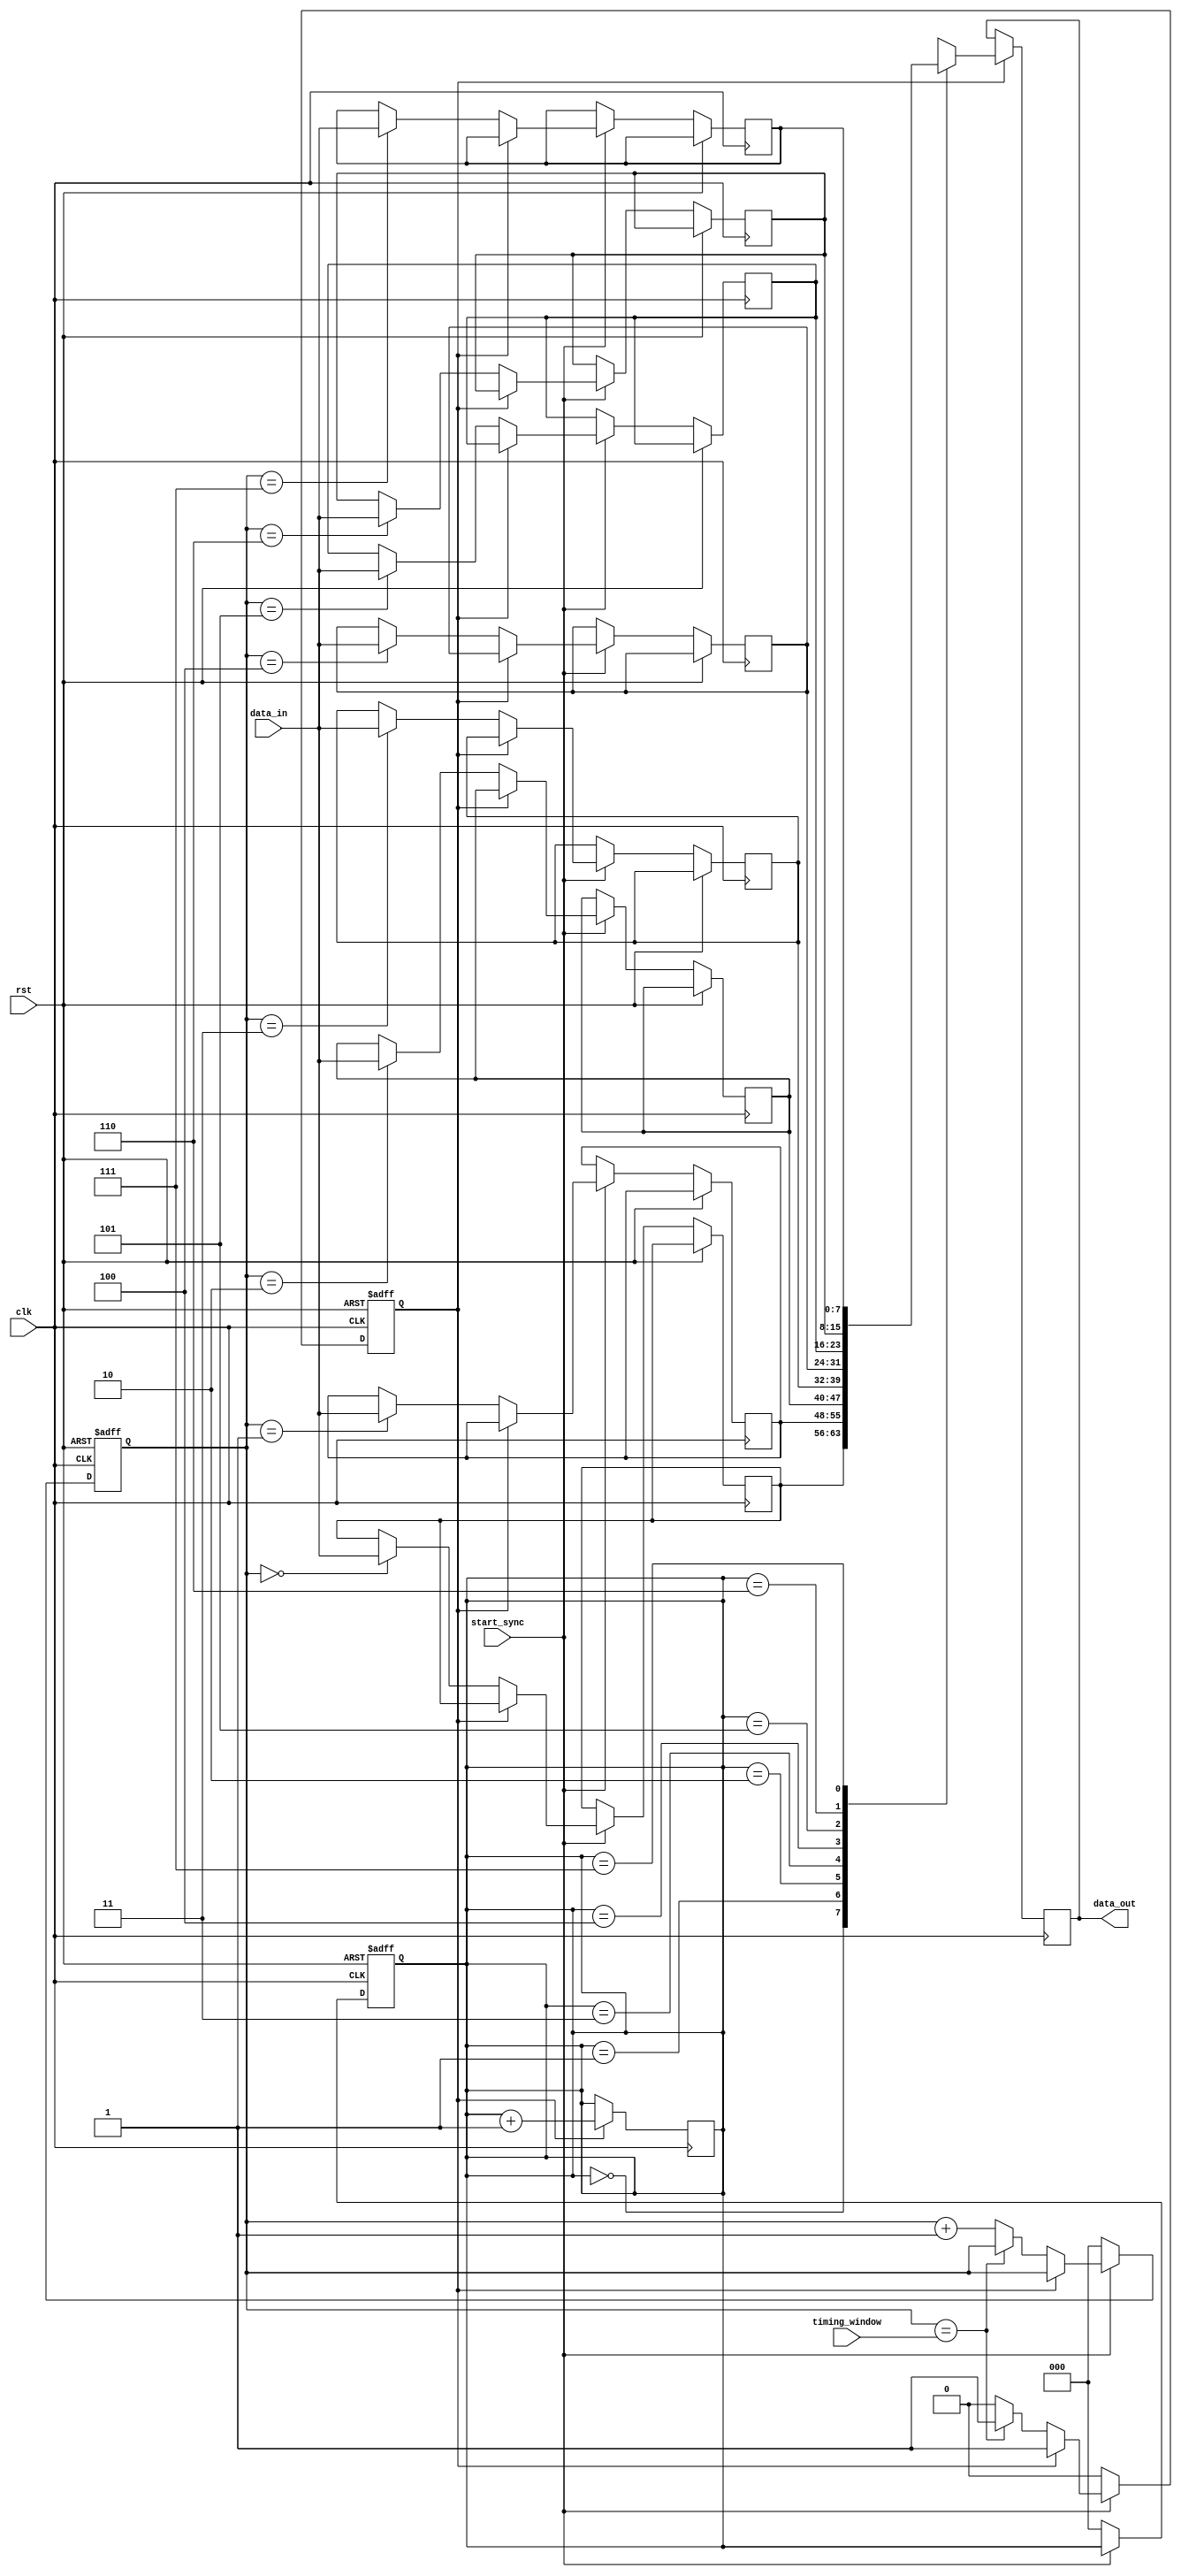
module BurstSynchronizer (
  input wire clk,
  input wire rst,
  input wire [7:0] data_in,
  input wire start_sync,
  input wire [2:0] timing_window,
  output reg [7:0] data_out
);

reg [7:0] fifo [0:7];
reg [2:0] read_ptr;
reg [2:0] write_ptr;
reg sync_done;

always @(posedge clk or posedge rst) begin
  if (rst) begin
    read_ptr <= 3'b0;
    write_ptr <= 3'b0;
    sync_done <= 1'b0;
  end else begin
    if (start_sync) begin
      if (!sync_done) begin
        fifo[write_ptr] <= data_in;
        
        if (write_ptr == timing_window) begin
          sync_done <= 1'b1;
        end else begin
          write_ptr <= write_ptr + 1;
        end
      end
    end else begin
      sync_done <= 1'b0;
      read_ptr <= 3'b0;
      write_ptr <= 3'b0;
    end
  end
end

always @(posedge clk) begin
  if (sync_done) begin
    data_out <= fifo[read_ptr];
    read_ptr <= read_ptr + 1;
  end
end

endmodule